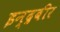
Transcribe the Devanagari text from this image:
इन्द्रबीर